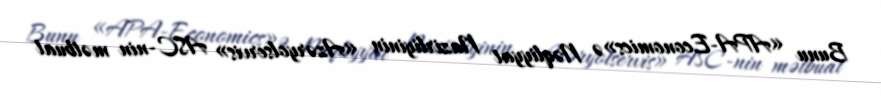
Bunu «APA-Economics»ə Nəqliyyat Nazirliyinin «Azəryolservis» ASC-nin mətbuat